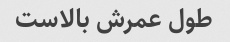
طول عمرش بالاست